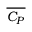
\overline { { C _ { P } } }